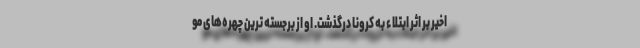
اخیر بر اثر ابتلاء به کرونا درگذشت. او از برجسته ترین چهره‌های مو